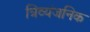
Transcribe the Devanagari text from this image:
त्रिव्यंजनिक